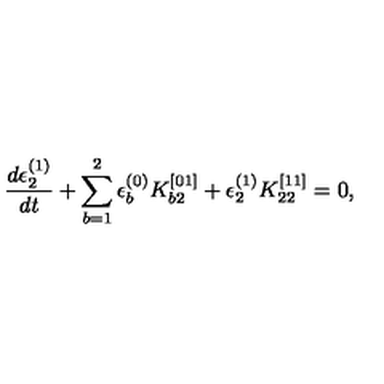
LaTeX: \frac { d \epsilon _ { 2 } ^ { ( 1 ) } } { d t } + \sum _ { b = 1 } ^ { 2 } \epsilon _ { b } ^ { ( 0 ) } K _ { b 2 } ^ { [ 0 1 ] } + \epsilon _ { 2 } ^ { ( 1 ) } K _ { 2 2 } ^ { [ 1 1 ] } = 0 ,